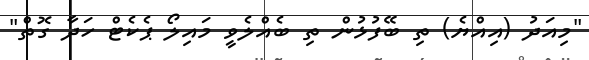
"މިއަދު (އިއްޔެ) ތި ބޭފުޅުން ތި ބެއްލެވީ މައިލޯ ޕެކެޓް ހަދާ ގޮތް"